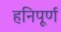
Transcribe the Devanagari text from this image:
हनिपूर्ण